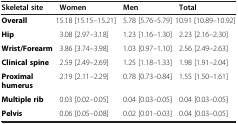
<table><thead><tr><td><b>Skeletal site</b></td><td><b>Women</b></td><td><b>Men</b></td><td><b>Total</b></td></tr></thead><tbody><tr><td><b>Overall</b></td><td>15.18 [15.15–15.21]</td><td>5.78 [5.76–5.79]</td><td>10.91 [10.89–10.92]</td></tr><tr><td><b>Hip</b></td><td>3.08 [2.97–3.18]</td><td>1.23 [1.16–1.30]</td><td>2.23 [2.16–2.30]</td></tr><tr><td><b>Wrist/Forearm</b></td><td>3.86 [3.74–3.98]</td><td>1.03 [0.97–1.10]</td><td>2.56 [2.49–2.63]</td></tr><tr><td><b>Clinical spine</b></td><td>2.59 [2.49–2.69]</td><td>1.25 [1.18–1.33]</td><td>1.98 [1.91–2.04]</td></tr><tr><td><b>Proximal humerus</b></td><td>2.19 [2.11–2.29]</td><td>0.78 [0.73–0.84]</td><td>1.55 [1.50–1.61]</td></tr><tr><td><b>Multiple rib</b></td><td>0.03 [0.02–0.05]</td><td>0.04 [0.03–0.05]</td><td>0.04 [0.03–0.05]</td></tr><tr><td><b>Pelvis</b></td><td>0.06 [0.05–0.08]</td><td>0.02 [0.01–0.03]</td><td>0.04 [0.03–0.05]</td></tr></tbody></table>